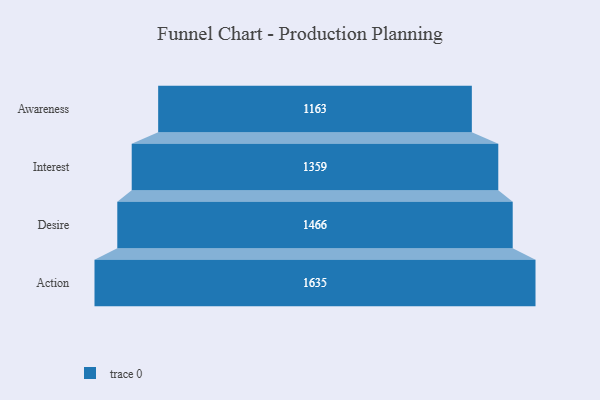
{"axis": {"x": "Stage", "y": "Value"}, "legend": [""], "data": [{"x": "Awareness", "y": 1163.0, "type": ""}, {"x": "Interest", "y": 1359.0, "type": ""}, {"x": "Desire", "y": 1466.0, "type": ""}, {"x": "Action", "y": 1635.0, "type": ""}]}